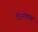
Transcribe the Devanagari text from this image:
दिनांकास